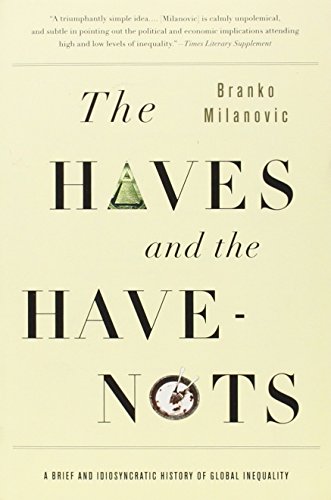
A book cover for The Haves and the Have-Nots: A Brief and Idiosyncratic History of Global Inequality; Branko Milanovic; Business & Money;